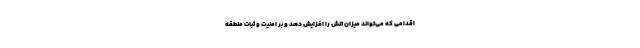
اقدامی که می‌تواند میزان تنش را افزایش دهد و بر امنیت و ثبات منطقه